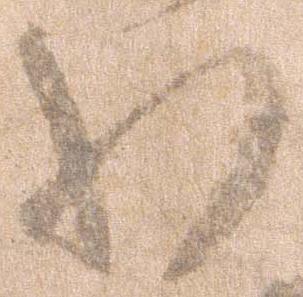
わ